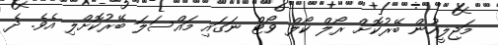
މަޖިލީހުން ބޭރުކޮށް ރޯލް ކޯލް ވޯޓް ނަގައި މައްސަލަ ބޭރުކޮށްލި އެވެ. ދެ